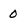
Character: 0